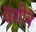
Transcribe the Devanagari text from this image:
पेशीने